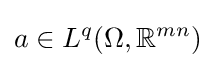
a\in L^{q}(\Omega ,\mathbb {R} ^{mn})